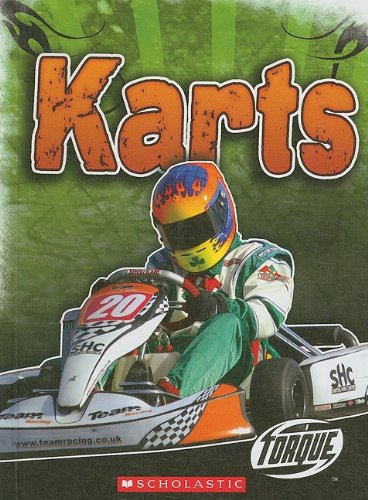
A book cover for Karts (Torque: Cool Rides); Jack David; Teen & Young Adult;